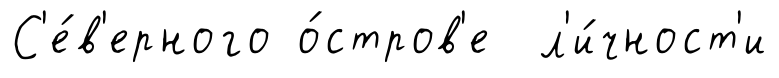
С'е́в'ерного о́стров'е л'и́чност'и